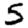
Digit: 5